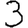
Digit: 3